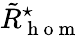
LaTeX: \tilde{R}_{\mathrm{~h~o~m~}}^{\star}